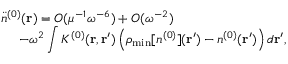
\begin{array} { l } { { \displaystyle { \ddot { n } } ^ { ( 0 ) } ( { \bf r } ) = { \cal O } ( \mu ^ { - 1 } \omega ^ { - 6 } ) + { \cal O } ( \omega ^ { - 2 } ) } \ ~ } \\ { { \displaystyle ~ ~ ~ ~ - \omega ^ { 2 } \int K ^ { ( 0 ) } ( { \bf r , r ^ { \prime } } ) \left( \rho _ { \mathrm { m i n } } [ n ^ { ( 0 ) } ] ( { \bf r ^ { \prime } } ) - n ^ { ( 0 ) } ( { \bf r ^ { \prime } } ) \right) d { \bf r ^ { \prime } } } , } \end{array}